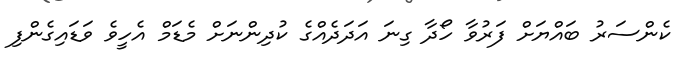
ކެންސަރު ބައްޔަށް ފަރުވާ ހޯދާ ގިނަ އަދަދެއްގެ ކުދިންނަށް މެޑަމް އެހީވެ ވަޑައިގެންފި